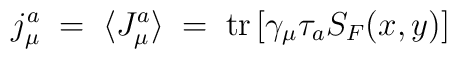
j_\mu^a \;=\; \langle J_\mu^a \rangle \;=\; {\rm tr} \left[\gamma_\mu \tau_a S_F (x , y) \right]